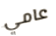
عامي